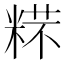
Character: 𱹋